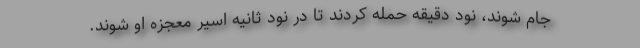
جام شوند، نود دقیقه حمله کردند تا در نود ثانیه اسیر معجزه او شوند.